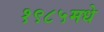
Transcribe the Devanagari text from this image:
१९८५मधे